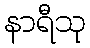
နာရီသု